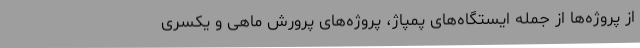
از پروژه‌ها از جمله ایستگاه‌های پمپاژ، پروژه‌های پرورش ماهی و یکسری